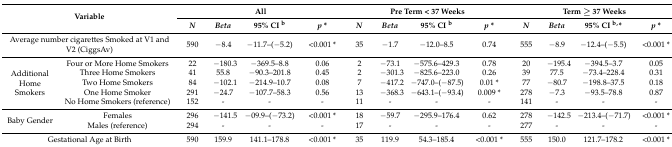
| <ROWSPAN=2-COLSPAN=2> Variable | <COLSPAN=4> All | <COLSPAN=4> Pre Term < 37 Weeks | <COLSPAN=4> Term ≥ 37 Weeks |
 | N | Beta | 95% CI b | p * | N | Beta | 95% CI b | p * | N | Beta | 95% CI b,* | p * |
 | --- | --- | --- | --- | --- | --- | --- | --- | --- | --- | --- | --- | --- | --- |
 | <COLSPAN=2> Average number cigarettes Smoked at V1 and V2 (CiggsAv) | 590 | −8.4 | −11.7–(−5.2) | <0.001 * | 35 | −1.7 | −12.0–8.5 | 0.74 | 555 | −8.9 | −12.4–(−5.5) | <0.001 * |
 | <ROWSPAN=5> Additional Home Smokers | Four or More Home Smokers | 22 | −180.3 | −369.5–8.8 | 0.06 | 2 | −73.1 | −575.6–429.3 | 0.78 | 20 | −195.4 | −394.5–3.7 | 0.05 |
 | Three Home Smokers | 41 | 55.8 | −90.3–201.8 | 0.45 | 2 | −301.3 | −825.6–223.0 | 0.26 | 39 | 77.5 | −73.4–228.4 | 0.31 |
 | Two Home Smokers | 84 | −102.1 | −214.9–10.7 | 0.08 | 7 | −417.2 | −747.0–(−87.5) | 0.01 * | 77 | −80.7 | −198.8–37.5 | 0.18 |
 | One Home Smoker | 291 | −24.7 | −107.7–58.3 | 0.56 | 13 | −368.3 | −643.1–(−93.4) | 0.009 * | 278 | −7.3 | −93.5–78.8 | 0.87 |
 | No Home Smokers (reference) | 152 | - | - | - | 11 | - | - | - | 141 | - | - | - |
 | <ROWSPAN=2> Baby Gender | Females | 296 | −141.5 | −09.9–(−73.2) | <0.001 * | 18 | −59.7 | −295.9–176.4 | 0.62 | 278 | −142.5 | −213.4–(−71.7) | <0.001 * |
 | Males (reference) | 294 | - | - | - | 17 | - | - | - | 277 | - | - | - |
 | <COLSPAN=2> Gestational Age at Birth | 590 | 159.9 | 141.1–178.8 | <0.001 * | 35 | 119.9 | 54.3–185.4 | <0.001 * | 555 | 150.0 | 121.7–178.2 | <0.001 * |